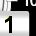
Digit: 1